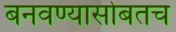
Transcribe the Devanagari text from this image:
बनवण्यासोबतच